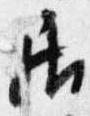
居